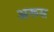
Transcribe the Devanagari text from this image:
अरूस